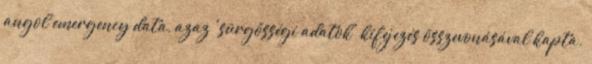
angol emergency data, azaz 'sürgősségi adatok' kifejezés összevonásával kapta.